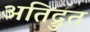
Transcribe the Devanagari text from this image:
अतिद्रुत